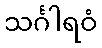
သင်္ဂါရဝံ